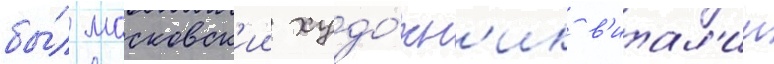
бы́л московск'ии худо́жн'ик в'итал'ии